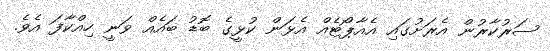
ސަރުކާރުން އެރަށުގައި އެއާޕޯޓެއް އެޅަން ކުޅީގެ ބޮޑު ބައެއް ވަނީ ހިއްކާފަ އެވެ.